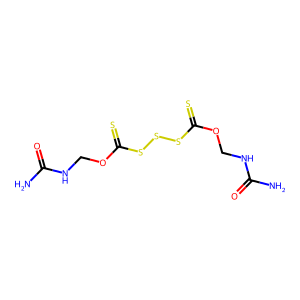
SMILES: NC(=O)NCOC(=S)SSSC(=S)OCNC(N)=O
Inhibits HIV replication: No